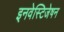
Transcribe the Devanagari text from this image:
इनवेस्टिजेषन